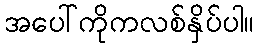
အပေါ်ကိုကလစ်နှိပ်ပါ။